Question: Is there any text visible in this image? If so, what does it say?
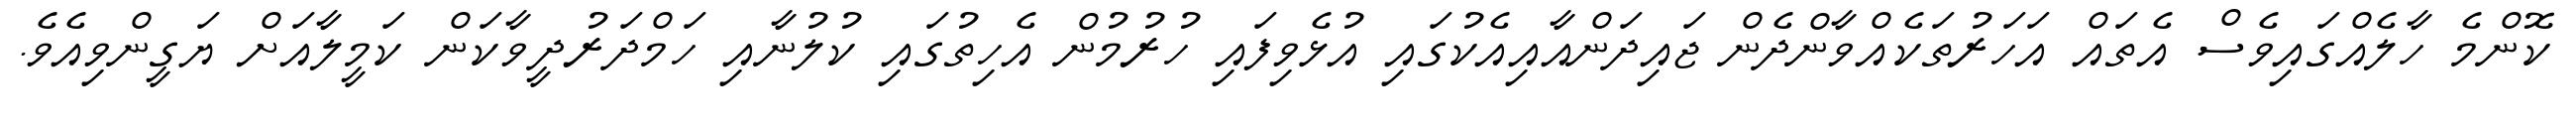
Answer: ކޮންމެ ހާލެއްގައިވެސް އެތައް އަހަރުތަކެއްވާންދެން ޖައިދަންއާއިއެކުގައި އުޅެވިފައި ހުރުމުން އެހިތުގައި ކުލުނާއި ހަމްދަރުދީވާކަން ކަމީލާއަށް ޔަގީންވިއެވެ.